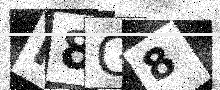
Text: P8G8